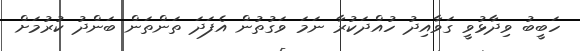
ހަބީބު ވިދާޅުވީ ގަވާއިދު ހުއްދަކުރާ ނަމަ ވަގުތުން އެފަދަ ތަންތަން ބަންދު ކުރުމަށް